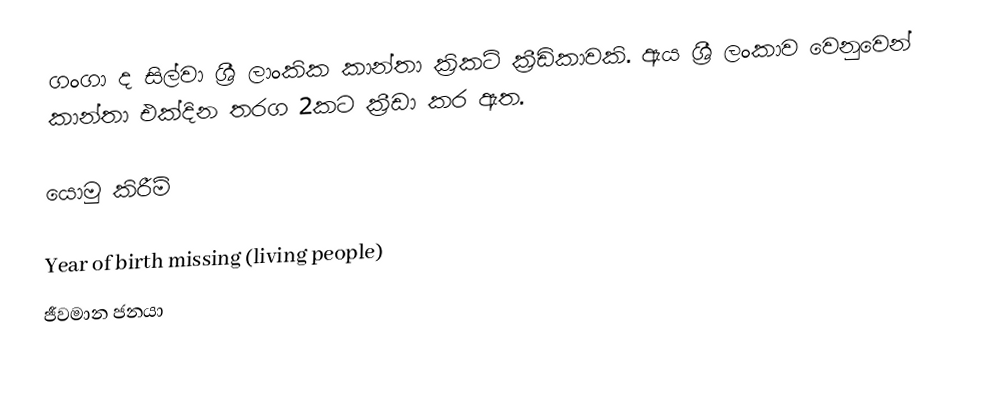
ගංගා ද සිල්වා ශ්‍රී ලාංකික කාන්තා ක්‍රිකට් ක්‍රීඩිකාවකි. ඇය ශ්‍රී ලංකාව වෙනුවෙන් කාන්තා එක්දින තරග 2කට ක්‍රීඩා කර ඇත.

යොමු කිරීම්

Year of birth missing (living people)
ජීවමාන ජනයා